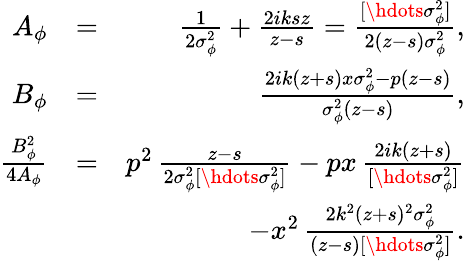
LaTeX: \begin{array}{rlr}{A_{\phi}}&{=}&{\frac{1}{2\sigma_{\phi}^{2}}+\frac{2iksz}{z-s}=\frac{[\hdots\sigma_{\phi}^{2}]}{2(z-s)\sigma_{\phi}^{2}},}\\ {B_{\phi}}&{=}&{\frac{2ik(z+s)x\sigma_{\phi}^{2}-p(z-s)}{\sigma_{\phi}^{2}(z-s)},}\\ {\frac{B_{\phi}^{2}}{4A_{\phi}}}&{=}&{p^{2}\, \frac{z-s}{2\sigma_{\phi}^{2}[\hdots\sigma_{\phi}^{2}]}-px\, \frac{2ik(z+s)}{[\hdots\sigma_{\phi}^{2}]}}\\ &{}&{\qquad-x^{2}\, \frac{2k^{2}(z+s)^{2}\sigma_{\phi}^{2}}{(z-s)[\hdots\sigma_{\phi}^{2}]}.}\end{array}